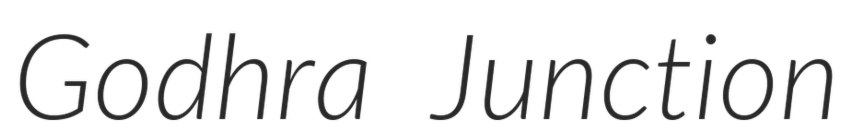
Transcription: Godhra Junction